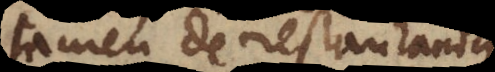
tamen de restauranda